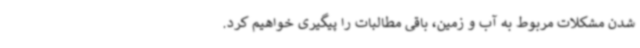
شدن مشکلات مربوط به آب و زمین، باقی مطالبات را پیگیری خواهیم کرد.